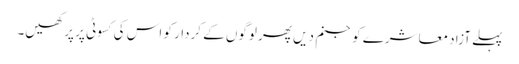
پہلے آزاد معاشرے کو جنم دیں پھر لوگوں کے کردار کو اس کی کسوٹی پر پرکھیں۔